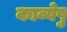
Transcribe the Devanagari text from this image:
काव्येषु